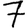
Digit: 7